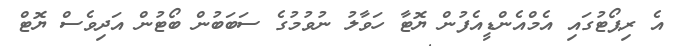
އެ ރިޕޯޓުގައި އެމްއެންޑީއެފުން ޔޮޓާ ހަވާލު ނުވުމުގެ ސަބަބުން ބޯޓުން އަދިވެސް ޔޮޓް